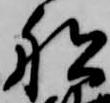
船